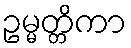
ဥမ္မတ္တိကာ